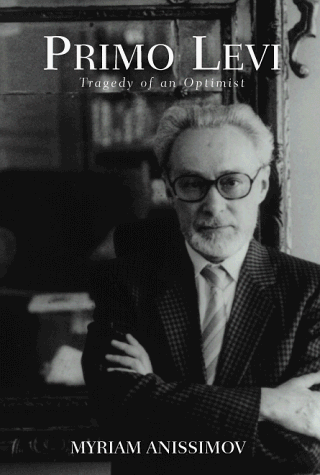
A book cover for Primo Levi: The Tragedy of an Optimist; Myriam Anissimov; Biographies & Memoirs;